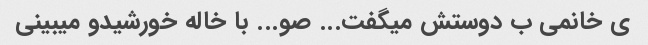
ی خانمی ب دوستش میگفت... صو... با خاله خورشیدو میبینی